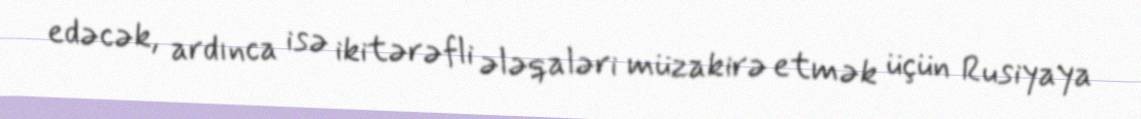
edəcək, ardınca isə ikitərəfli ələqaləri müzakirə etmək üçün Rusiyaya